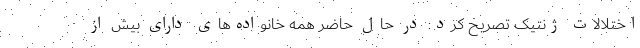
اختلالات ژنتیک تصریح کرد: در حال حاضر همه خانواده‌های دارای بیش از